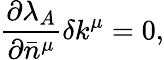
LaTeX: {}\frac{\partial\lambda_{A}}{\partial\bar{n}^{\mu}}\delta k^{\mu}=0,